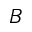
B